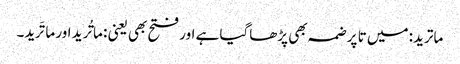
ماترید: میں تا پر ضمہ بھی پڑھاگیا ہے اور فتح بھی یعنی : ماتُرید اور ماتَرید۔